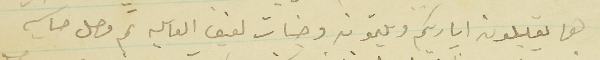
هما يقبلون اياديكم ويلثمون وجنات لفيف العايله ثم وصل حساب